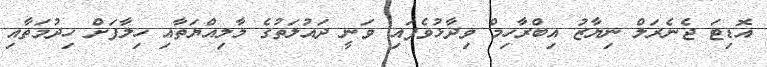
އޮޑިޓަ ޖެނެރަލް ނިޔާޒު އިބްރާހިމް ވިދާޅުވެފައި ވަނީ ދައުލަތުގެ މާލިއްޔަތާއި ހިލާފަށް ހިދުމަތާއި